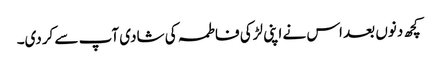
کچھ دنوں بعد اس نے اپنی لڑکی فاطمہ کی شادی آپ سے کردی۔